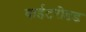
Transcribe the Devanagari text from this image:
वाईटरीडड